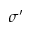
\sigma ^ { \prime }